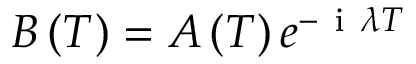
B \left( T \right) = A \left( T \right) e ^ { - \mathrm { ~ i ~ } \lambda T }